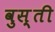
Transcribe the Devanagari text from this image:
वुस़्ती